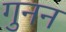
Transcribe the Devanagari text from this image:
गुनन